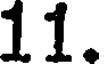
11.